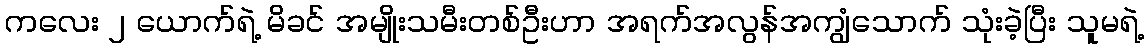
ကလေး ၂ ယောက်ရဲ့ မိခင် အမျိုးသမီးတစ်ဦးဟာ အရက်အလွန်အကျွံသောက် သုံးခဲ့ပြီး သူမရဲ့